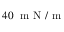
4 0 \; \mathrm { ~ m ~ N ~ / ~ m ~ }